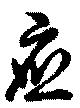
應